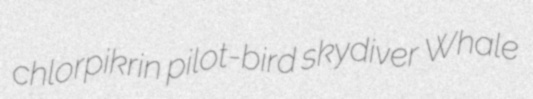
chlorpikrin pilot-bird skydiver Whale